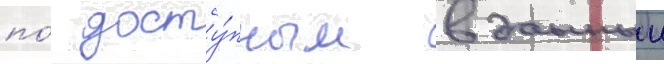
по́ досту́пным в данныи